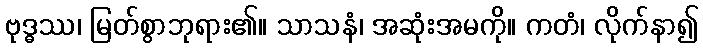
ဗုဒ္ဓဿ၊ မြတ်စွာဘုရား၏။ သာသနံ၊ အဆုံးအမကို။ ကတံ၊ လိုက်နာ၍